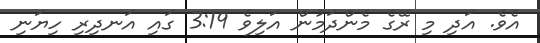
އެވެ. އަދި މި ރޭގެ މެންދަމުން އަލިވެ 3:19 ގައި އަނދިރި ހިޔަނި